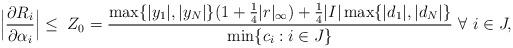
LaTeX: \begin{align*} \Big | \frac{\partial R_i}{\partial \alpha_i} \Big | \le \; Z_0 = \frac {\max\{|y_1|, |y_N|\}(1 + \frac{1}{4} |r|_{\infty}) + \frac{1}{4}|I| \max\{ |d_1|,|d_N|\} } { \min\{ c_i : i \in J \} }~ \forall~ i \in J,\end{align*}